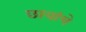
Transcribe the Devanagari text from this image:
छायांचे